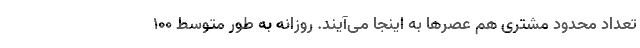
تعداد محدود مشتری هم عصرها به اینجا می‌آیند. روزانه به طور متوسط ۱۰۰